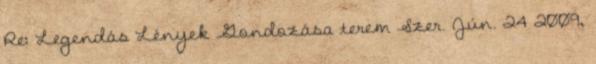
Re: Legendás Lények Gondozása terem Szer. Jún. 24 2009,